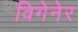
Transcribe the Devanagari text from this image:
विगेनेर